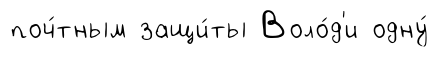
поч́тным защи́ты Воло́д'и одну́